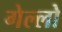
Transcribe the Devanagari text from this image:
गेल्‍लो